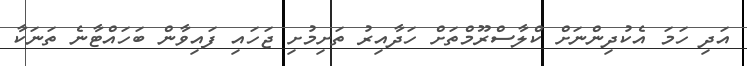
އަދި ހަމަ އެކުދިންނަށް ކްލާސްރޫމްތަށް ހަދާއިރު ތަށިމުށި ޖަހައި ފައިވާން ބަހައްޓާނެ ތަނަކާ